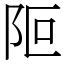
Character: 𨸭